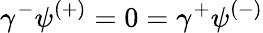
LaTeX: \gamma^{-}\psi^{(+)}=0=\gamma^{+}\psi^{(-)}